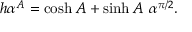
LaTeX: h \alpha ^ { A } = \cosh A + \sinh A \ \alpha ^ { \pi / 2 } .